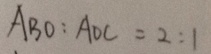
A B O : A O C = 2 : 1